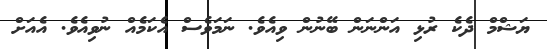
ޔަޝްމް ދެކެ ރުޅި އަންނަން ބޭނުން ވިއެވެ. ނަމަވެސް އެކަމެއް ނުވިއެވެ. އެއަށް